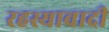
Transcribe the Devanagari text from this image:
रहस्यावादी